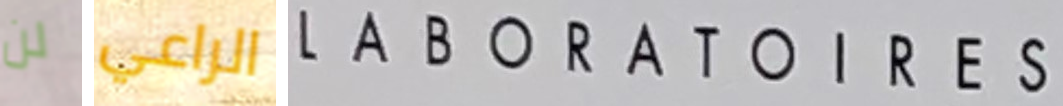
لن الراعي LABORATOIRES